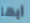
أيها